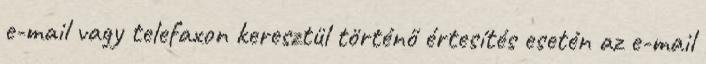
e-mail vagy telefaxon keresztül történő értesítés esetén az e-mail